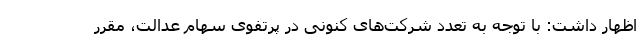
اظهار داشت: با توجه به تعدد شرکت‌های کنونی در پرتفوی سهام عدالت، مقرر